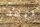
ليست